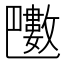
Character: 𣀟